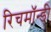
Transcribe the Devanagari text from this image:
रिचमॉन्डी